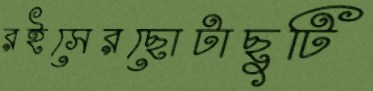
রইসেরছোটাছুটি